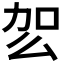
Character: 𭄢